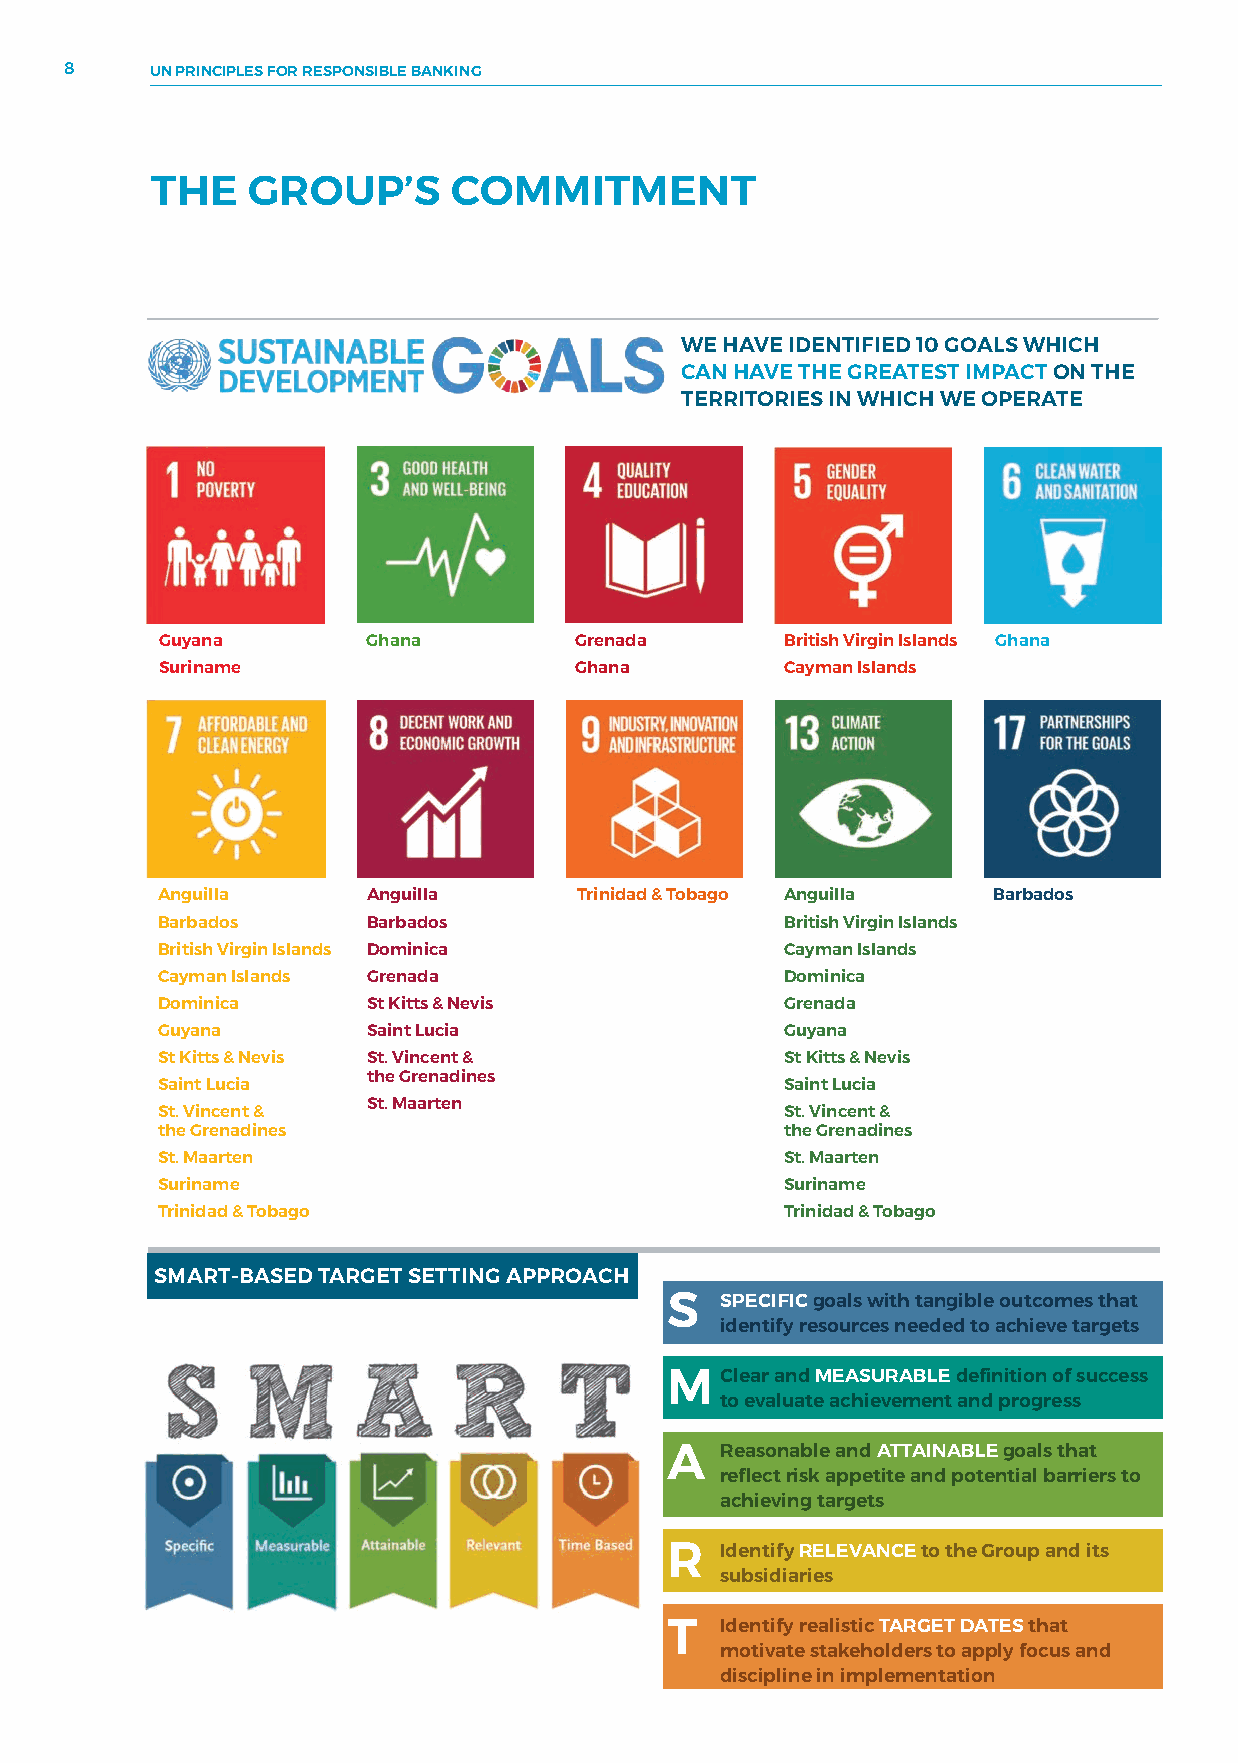
8     UN PRINCIPLES FOR RESPONSIBLE BANKING
 THE   GROUP’S       COMMITMENT
 WE HAVE IDENTIFIED 10 GOALS WHICH
 CAN HAVE THE GREATEST IMPACT ON THE
 TERRITORIES IN WHICH WE OPERATE
 Guyana       Ghana         Grenada       British Virgin Islands Ghana
 Suriname                   Ghana         Cayman Islands
 Anguilla      Anguilla      Trinidad & Tobago Anguilla  Barbados
 Barbados      Barbados                    British Virgin Islands
 British Virgin Islands Dominica           Cayman Islands
 Cayman Islands Grenada                    Dominica
 Dominica      St Kitts & Nevis            Grenada
 Guyana        Saint Lucia                 Guyana
 St Kitts & Nevis St. Vincent &            St Kitts & Nevis
 the Grenadines
 Saint Lucia                               Saint Lucia
 St. Maarten
 St. Vincent &                             St. Vincent &
 the Grenadines                            the Grenadines
 St. Maarten                               St. Maarten
 Suriname                                  Suriname
 Trinidad & Tobago                         Trinidad & Tobago
 SMART-BASED TARGET SETTING APPROACH
 S   SPECIFIC goals with tangible outcomes that
 identify resources needed to achieve targets
 M   Clear and MEASURABLE definition of success
 to evaluate achievement and progress
 A   Reasonable and ATTAINABLE goals that
 reflect risk appetite and potential barriers to
 achieving targets
 R   Identify RELEVANCE to the Group and its
 subsidiaries
 T   Identify realistic TARGET DATES that
 motivate stakeholders to apply focus and
 discipline in implementation